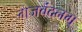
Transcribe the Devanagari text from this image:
गजवंदनम्